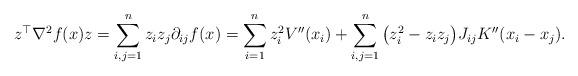
LaTeX: \begin{align*}z^\top\nabla^2f(x) z &= \sum_{i,j=1}^n z_iz_j\partial_{ij}f(x) = \sum_{i=1}^n z_i^2V''(x_i) + \sum_{i,j=1}^n \big(z_i^2 - z_iz_j\big) J_{ij} K''(x_i-x_j).\end{align*}